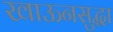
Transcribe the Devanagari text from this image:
खाऊनसुद्धा